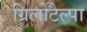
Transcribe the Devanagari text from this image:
ग्रिलोटैल्पा